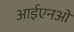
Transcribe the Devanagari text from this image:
आईएनओ